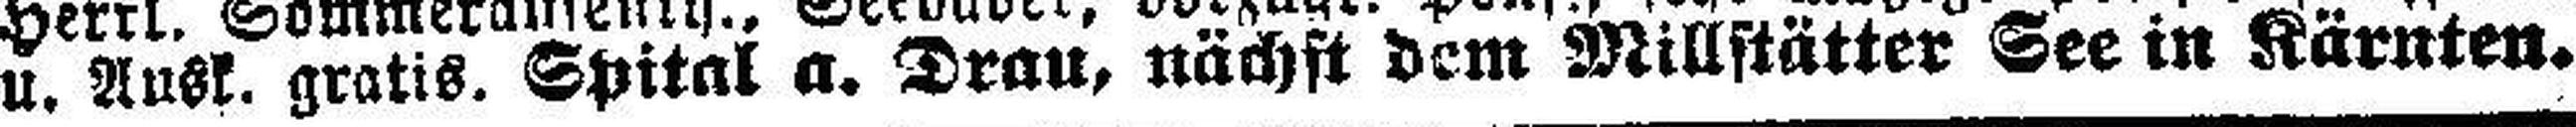
u. Ausk. gratis. Spital a. Drau, nächst dem Millstätter See in Kärnten.